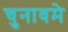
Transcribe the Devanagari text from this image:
चुनावमे